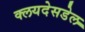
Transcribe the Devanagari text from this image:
क्लयदेसडेल